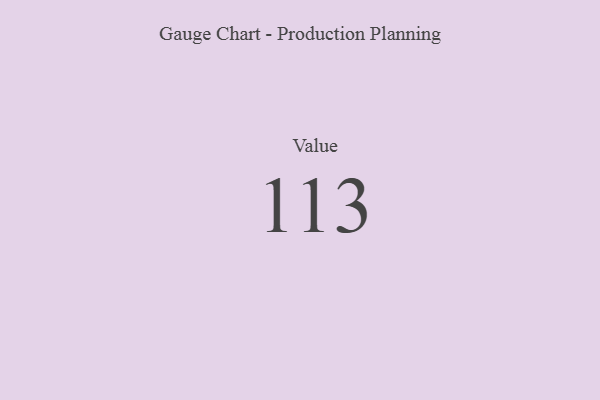
{"axis": {"x": "Metric", "y": "Value"}, "legend": [""], "data": [{"x": "Value", "y": 113, "type": ""}]}